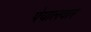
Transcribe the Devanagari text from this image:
पेयालवार